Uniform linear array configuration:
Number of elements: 8
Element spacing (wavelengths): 0.25
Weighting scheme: binomial
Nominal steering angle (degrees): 60
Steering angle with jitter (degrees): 61.879
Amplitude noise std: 0.05
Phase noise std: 0.05

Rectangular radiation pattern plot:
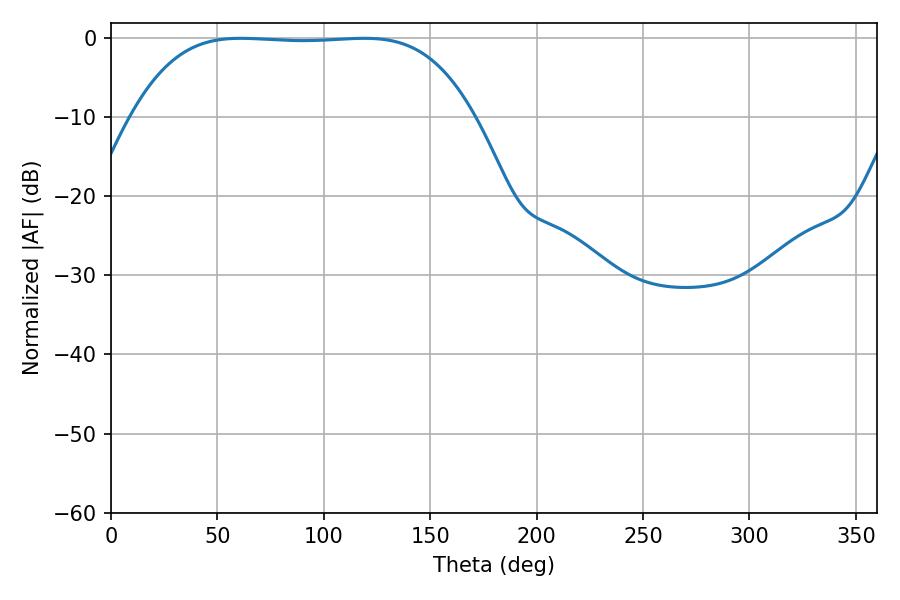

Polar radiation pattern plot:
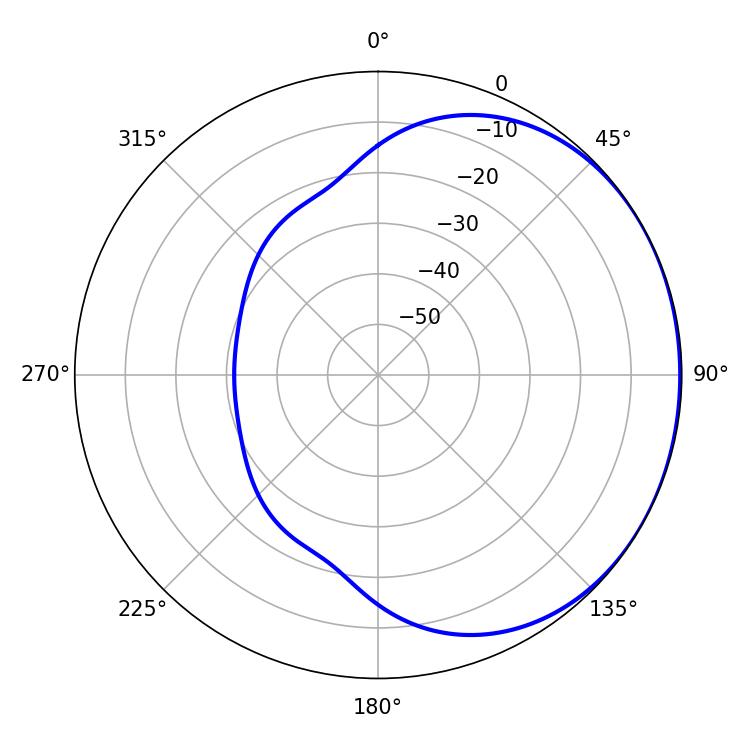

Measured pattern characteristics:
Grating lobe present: FALSE
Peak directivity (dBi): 0.7531
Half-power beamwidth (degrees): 123.48
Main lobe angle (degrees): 61.02